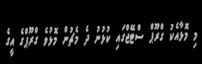
މި މޮޅާއެކު ގްރޫޕް ސްޓޭޖްގައި ކުޅުނު ދެ މެޗުން މޮޅުވެ ގްރޫޕްގެ އީގެ